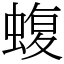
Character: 蝮